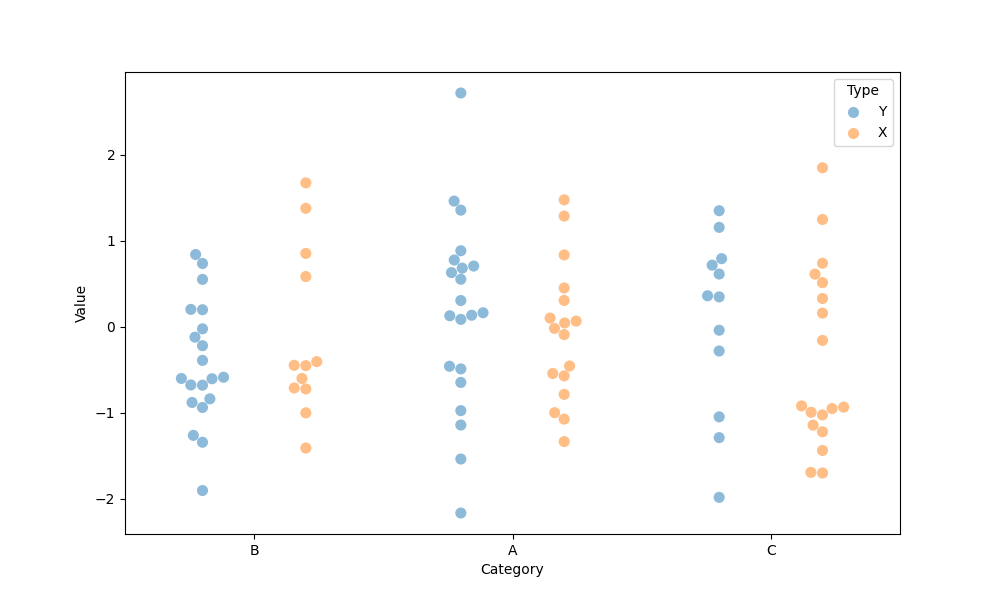
python, seaborn, swarmplot, dodge=True, alpha=0.5, size=8